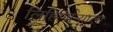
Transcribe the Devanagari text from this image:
लिहिणाऱ्याला